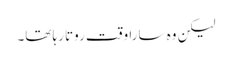
لیکن وہ سارا وقت روتا رہا تھا۔